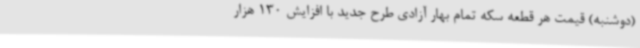
(دوشنبه) قیمت هر قطعه سکه تمام بهار آزادی طرح جدید با افزایش 130 هزار